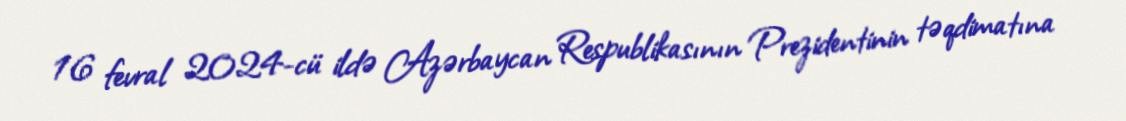
16 fevral 2024-cü ildə Azərbaycan Respublikasının Prezidentinin təqdimatına